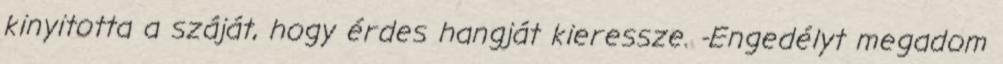
kinyitotta a száját, hogy érdes hangját kieressze. -Engedélyt megadom